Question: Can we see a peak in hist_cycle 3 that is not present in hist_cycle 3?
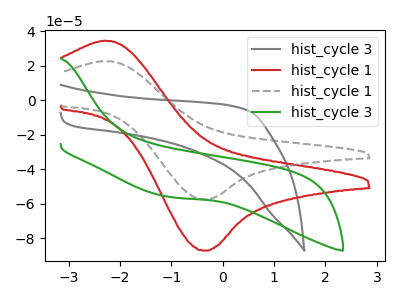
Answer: <think>The gray curve "hist_cycle 3" has no peaks. The red curve "hist_cycle 1" has an anodic peak at (-2.30V, 34.60uA) and a cathodic peak at (-0.40V, -87.10uA). The gray dashed curve "hist_cycle 1" has an anodic peak at (-2.30V, 22.80uA) and a cathodic peak at (-0.40V, -57.45uA). The green curve "hist_cycle 3" has no peaks.
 Neither "hist_cycle 3" or "hist_cycle 3" have any peaks.</think>
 <answer>No, "hist_cycle 3" and "hist_cycle 3" don't appear to be significantly different in shape</answer>
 <eval>no_change</eval>